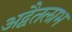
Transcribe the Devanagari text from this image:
अद्वैतलाभ